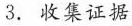
3.收集证据力